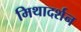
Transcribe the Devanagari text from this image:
मिथादर्शन